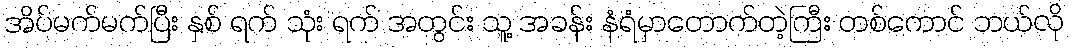
အိပ်မက်မက်ပြီး နှစ် ရက် သုံး ရက် အတွင်း သူ့ အခန်း နံရံမှာတောက်တဲ့ကြီး တစ်ကောင် ဘယ်လို